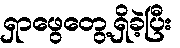
ရှာဖွေတွေ့ရှိခဲ့ပြီး